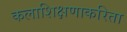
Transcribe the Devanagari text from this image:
कलाशिक्षणाकरिता